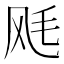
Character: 𲋏